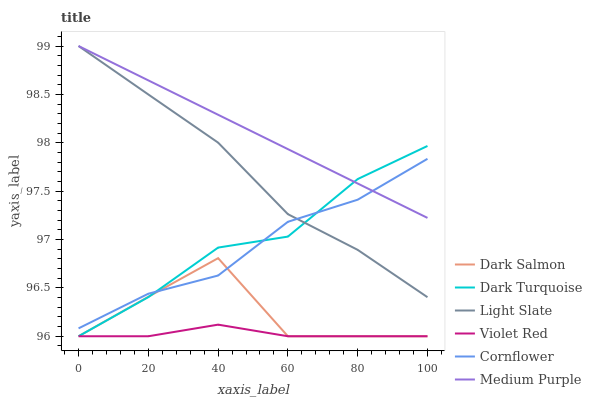
| xaxis_label | Dark Salmon | Dark Turquoise | Light Slate | Violet Red | Cornflower | Medium Purple |
 | --- | --- | --- | --- | --- | --- | --- |
 | 0 | 96 | 96 | 99 | 96 | 96.1 | 99 |
 | 20 | 96.4 | 96.4 | 98.5 | 96 | 96.4 | 98.6 |
 | 40 | 96.8 | 96.9 | 98 | 96.1 | 96.6 | 98.3 |
 | 60 | 96 | 97 | 97.3 | 96 | 97.2 | 97.9 |
 | 80 | 96 | 97.6 | 96.9 | 96 | 97.4 | 97.6 |
 | 100 | 96 | 98 | 96.4 | 96 | 97.8 | 97.2 |